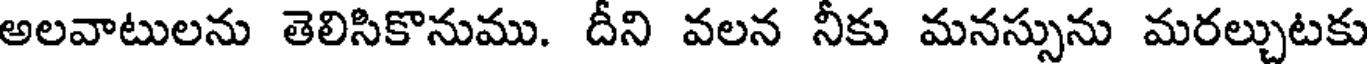
అలవాటులను తెలిసికొనుము. దీని వలన నీకు మనస్సును మరల్చుటకు